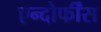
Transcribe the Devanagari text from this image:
एन्दोर्फींस